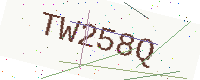
Text: TW258Q